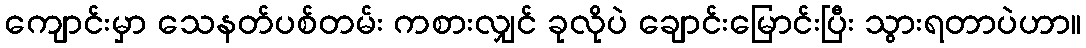
ကျောင်းမှာ သေနတ်ပစ်တမ်း ကစားလျှင် ခုလိုပဲ ချောင်းမြောင်းပြီး သွားရတာပဲဟာ။